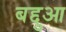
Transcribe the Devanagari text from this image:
बद्दुआ